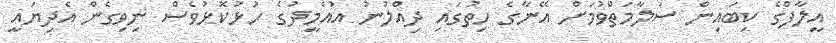
އީލާފްގެ ކިބައިން ސަލާމަތްވުމަށް އޭނާގެ ހިތުގައި ދިއްލުނު އުއްމީދުގެ ހުޅުކޮޅުވެސް ނިވިގެން އެދިޔައީ